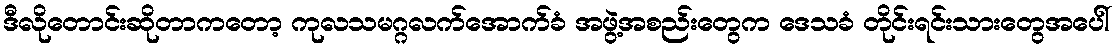
ဒီလိုတောင်းဆိုတာကတော့ ကုလသမဂ္ဂလက်အောက်ခံ အဖွဲ့အစည်းတွေက ဒေသခံ တိုင်းရင်းသားတွေအပေါ်